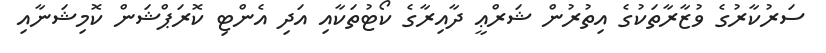
ސަރުކާރުގެ ވުޒާރާތަކުގެ އިތުރުން ޝަރްޢީ ދާއިރާގެ ކޯޓުތަކާއި އަދި އެންޓި ކޮރަޕްޝަން ކޮމިޝަނާއި